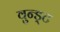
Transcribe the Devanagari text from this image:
वुन्ड्ट